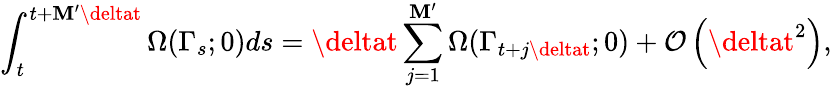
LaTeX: \int_{t}^{t+\mathbf{M}^{\prime}\deltat}\Omega(\Gamma_{s};0)ds=\deltat\sum_{j=1}^{\mathbf{M}^{\prime}}\Omega(\Gamma_{t+j\deltat};0)+\mathcal{{O}}\left(\deltat^{2}\right),